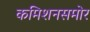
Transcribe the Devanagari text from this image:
कमिशनसमोर